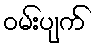
ဝမ်းပျက်